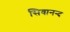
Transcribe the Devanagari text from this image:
सिवानन्द